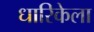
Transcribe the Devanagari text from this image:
धारिकेला